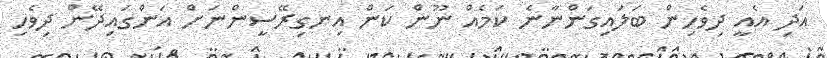
އަދި އެއީ ދިވެހިން ބަލައިގަންނާނެ ކަމެއް ނޫން ކަން އިނގިރޭސީންނަށް އަންގައިދޭން ދިވެހި